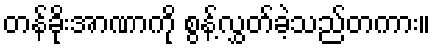
တန်ခိုးအာဏာကို စွန့်လွှတ်ခဲ့သည်တကား။